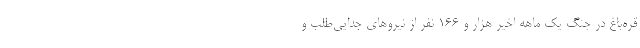
قره‌باغ در جنگ یک ماهه اخیر هزار و ۱۶۶ نفر از نیروهای جدایی‌طلب و